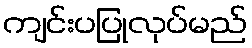
ကျင်းပပြုလုပ်မည်